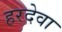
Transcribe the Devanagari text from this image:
हरदेवा